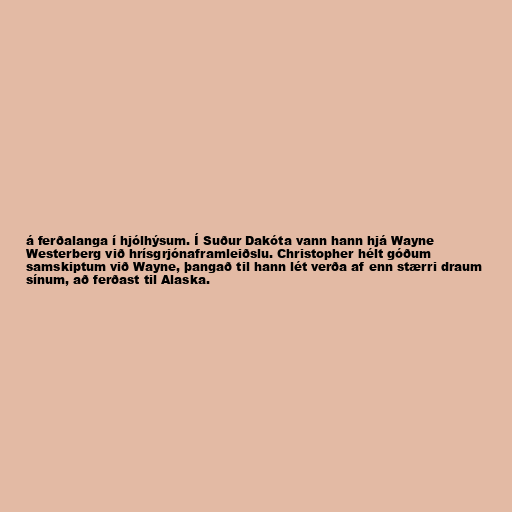
á ferðalanga í hjólhýsum. Í Suður Dakóta vann hann hjá Wayne
Westerberg við hrísgrjónaframleiðslu. Christopher hélt góðum
samskiptum við Wayne, þangað til hann lét verða af enn stærri draum
sínum, að ferðast til Alaska.